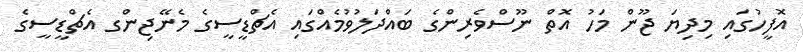
އޮފީހުގައި މިދިޔަ ޖޫން މަހު އޮތް ނޫސްވެރިންގެ ބައްދަލުވުމެއްގައި އެޗްޑީސީގެ މެނޭޖިންގ އެޗްޑީސީގެ